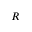
R